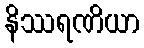
နိဿရဏိယာ